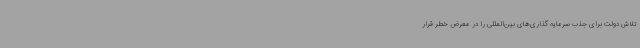
تلاش دولت برای جذب سرمایه گذاری‌های بین‌المللی را در معرض خطر قرار